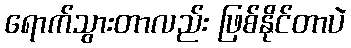
ရောက်သွားတာလည်း ဖြစ်နိုင်တာပဲ